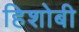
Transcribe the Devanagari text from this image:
हिशोबी